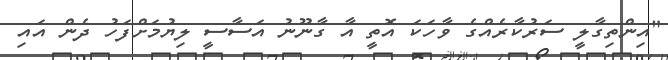
"އިންތިގާލީ ސަރުކާރެއްގެ ވާހަކަ އޮތީ އާ ގާނޫނު އަސާސީ ލިޔުމަށްފަހު ދެން އައި